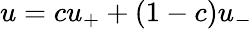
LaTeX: u=cu_{+}+(1-c)u_{-}